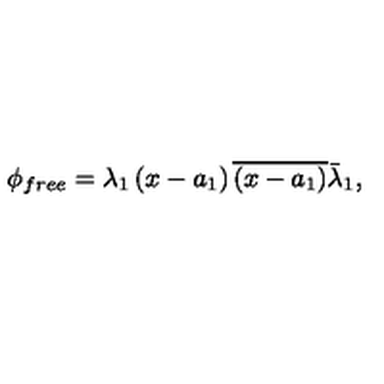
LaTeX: \phi _ { f r e e } = \lambda _ { 1 } \left( x - a _ { 1 } \right) \overline { { \left( x - a _ { 1 } \right) } } \bar { \lambda } _ { 1 } ,